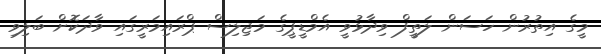
މީގެ އިތުރުން ހަސަން ލަތީފް ވިދާޅުވީ އެމްޑީޕީގެ މަޖިލިސް ޕްރައިމަރީގައި ވާދަކޮށް ބަލިވި